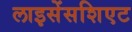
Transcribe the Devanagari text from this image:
लाइसेंसशिएट